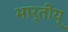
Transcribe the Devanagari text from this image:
भार्तीय्